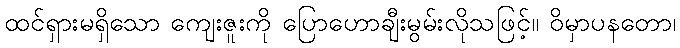
ထင်ရှားမရှိသော ကျေးဇူးကို ပြောဟောချီးမွမ်းလိုသဖြင့်။ ဝိမှာပနတော၊